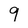
Character: 9